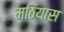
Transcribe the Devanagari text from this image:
मठियास